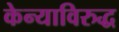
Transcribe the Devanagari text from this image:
केन्याविरुद्ध